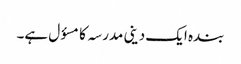
بندہ ایک دینی مدرسہ کامسؤل ہے۔